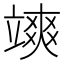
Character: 𮵩